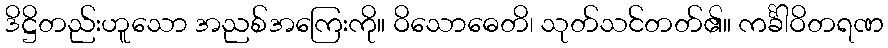
ဒိဋ္ဌိတည်းဟူသော အညစ်အကြေးကို။ ဝိသောဓေတိ၊ သုတ်သင်တတ်၏။ ကင်္ခါဝိတရဏ